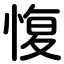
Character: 愎